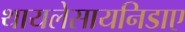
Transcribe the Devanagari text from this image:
थायलेसायनिडाए